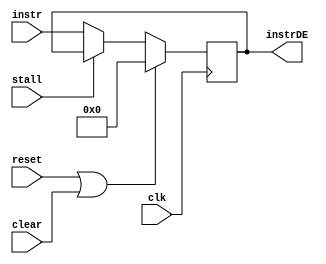
module	tiger_fetch(
	input clk,					// clock signal
	input reset,				// reset signal
	input stall,				// whether this unit is stalled on the pipeline
	input clear,				// clear signal

	input [31:0] instr,			// instruction loaded from memory

	output reg [31:0] instrDE	// output instruction
);
	
	always @(posedge clk)
	begin
		if( reset || clear) begin
			instrDE <= 0;
		end else if( stall ) begin
			//Stall instrDE
		end else begin
			instrDE <= instr;
		end
	end
endmodule